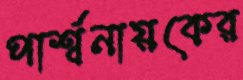
পার্শ্বনায়কের